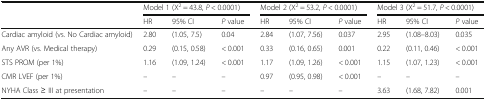
<table><thead><tr><td></td><td colspan="3"><b>Model 1 (X<sup>2</sup> = 43.8, <i>P</i> &lt; 0.0001)</b></td><td colspan="3"><b>Model 2 (X<sup>2</sup> = 53.2, <i>P</i> &lt; 0.0001)</b></td><td colspan="3"><b>Model 3 (X<sup>2</sup> = 51.7, <i>P</i> &lt; 0.0001)</b></td></tr><tr><td></td><td><b>HR</b></td><td><b>95% CI</b></td><td><b><i>P</i> value</b></td><td><b>HR</b></td><td><b>95% CI</b></td><td><b><i>P</i> value</b></td><td><b>HR</b></td><td><b>95% CI</b></td><td><b><i>P</i> value</b></td></tr></thead><tbody><tr><td>Cardiac amyloid (vs. No Cardiac amyloid)</td><td>2.80</td><td>(1.05, 7.5)</td><td>0.04</td><td>2.84</td><td>(1.07, 7.56)</td><td>0.037</td><td>2.95</td><td>(1.08–8.03)</td><td>0.035</td></tr><tr><td>Any AVR (vs. Medical therapy)</td><td>0.29</td><td>(0.15, 0.58)</td><td>&lt; 0.001</td><td>0.33</td><td>(0.16, 0.65)</td><td>0.001</td><td>0.22</td><td>(0.11, 0.46)</td><td>&lt; 0.001</td></tr><tr><td>STS PROM (per 1%)</td><td>1.16</td><td>(1.09, 1.24)</td><td>&lt; 0.001</td><td>1.17</td><td>(1.09, 1.26)</td><td>&lt; 0.001</td><td>1.15</td><td>(1.07, 1.23)</td><td>&lt; 0.001</td></tr><tr><td>CMR LVEF (per 1%)</td><td>–</td><td>–</td><td>–</td><td>0.97</td><td>(0.95, 0.98)</td><td>&lt; 0.001</td><td>–</td><td>–</td><td>–</td></tr><tr><td>NYHA Class ≥ III at presentation</td><td>–</td><td>–</td><td>–</td><td>–</td><td>–</td><td>–</td><td>3.63</td><td>(1.68, 7.82)</td><td>0.001</td></tr></tbody></table>